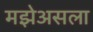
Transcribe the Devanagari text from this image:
मझेअसला